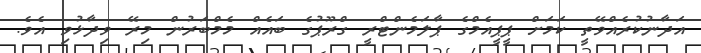
އަދާނުކުރެއްވޭތީ ކަމަށް ޕީޕީއެމްގެ ޕާލަމެންޓްރީ ގްރޫޕުގެ ބައެއް މެމްބަރުން މިރޭ ވިދާޅުވި އެވެ.